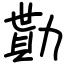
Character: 勩